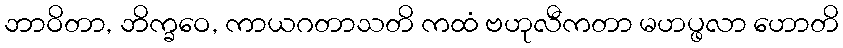
ဘာဝိတာ, ဘိက္ခဝေ, ကာယဂတာသတိ ကထံ ဗဟုလီကတာ မဟပ္ဖလာ ဟောတိ